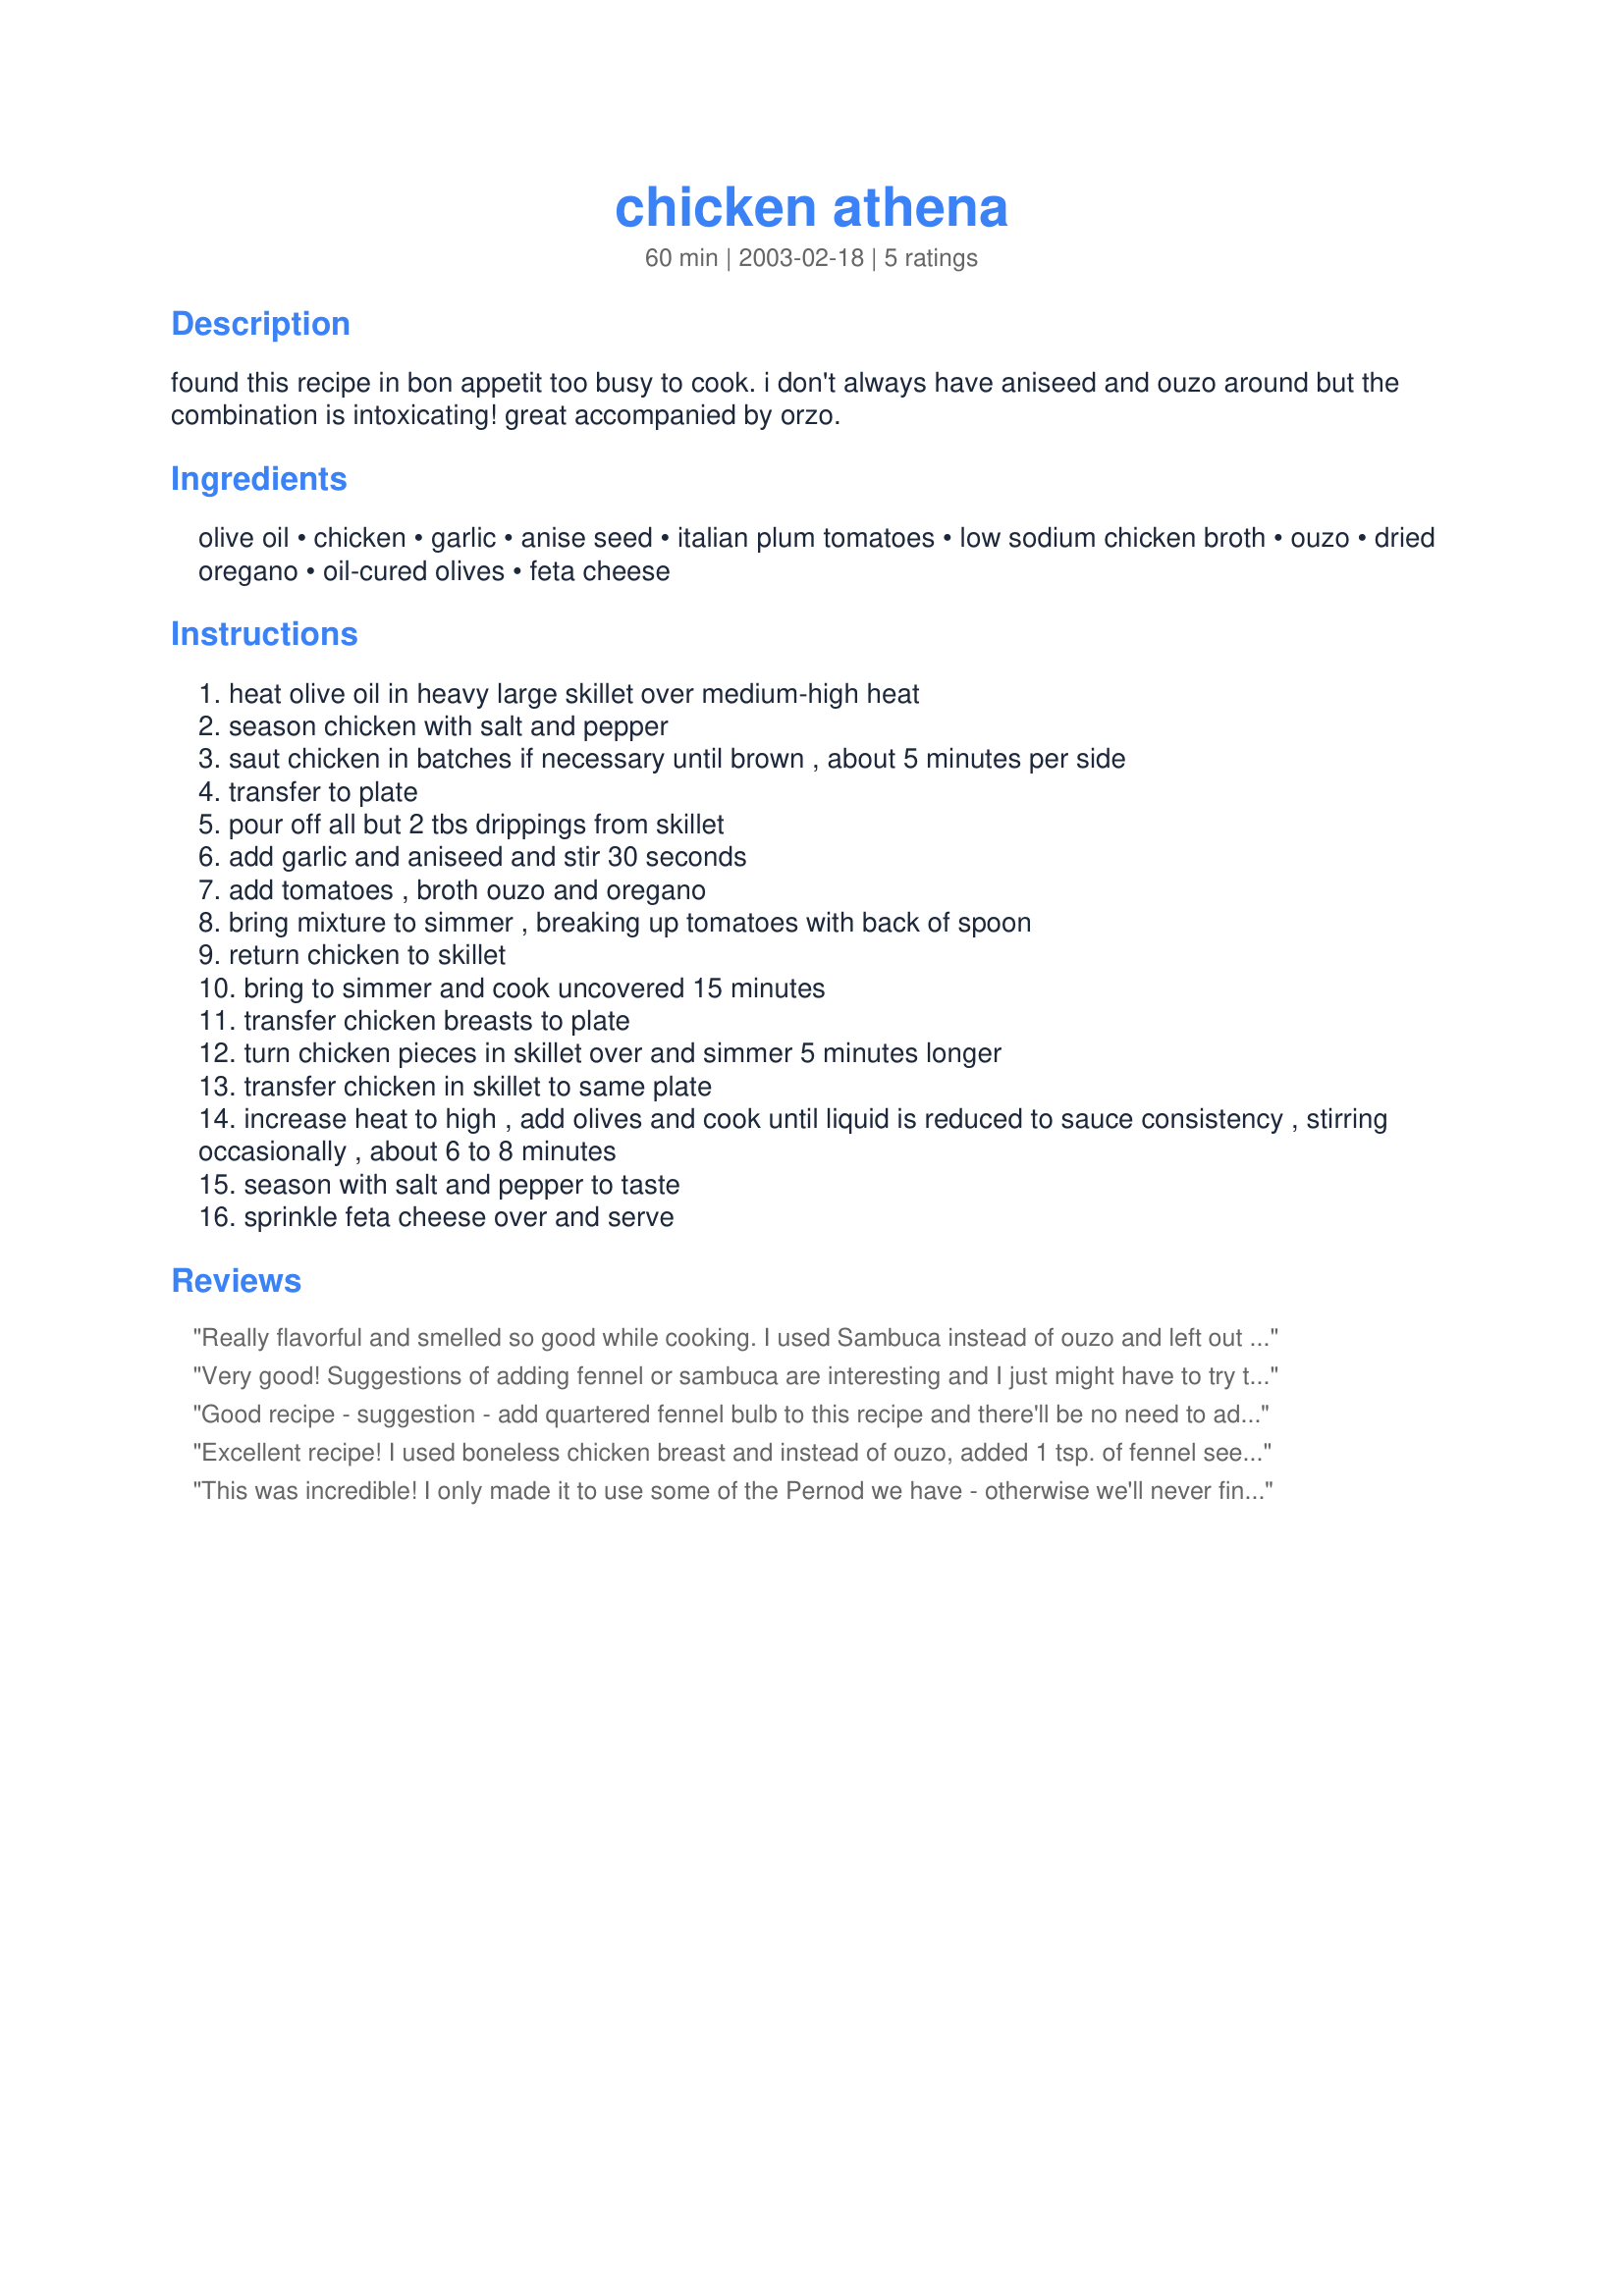
chicken athena
Preparation time: 60 minutes

found this recipe in bon appetit too busy to cook. i don't always have aniseed and ouzo around but the combination is intoxicating! great accompanied by orzo.

Ingredients:
olive oil, chicken, garlic, anise seed, italian plum tomatoes, low sodium chicken broth, ouzo, dried oregano, oil-cured olives, feta cheese

Steps:
heat olive oil in heavy large skillet over medium-high heat
season chicken with salt and pepper
saut chicken in batches if necessary until brown , about 5 minutes per side
transfer to plate
pour off all but 2 tbs drippings from skillet
add garlic and aniseed and stir 30 seconds
add tomatoes , broth ouzo and oregano
bring mixture to simmer , breaking up tomatoes with back of spoon
return chicken to skillet
bring to simmer and cook uncovered 15 minutes
transfer chicken breasts to plate
turn chicken pieces in skillet over and simmer 5 minutes longer
transfer chicken in skillet to same plate
increase heat to high , add olives and cook until liquid is reduced to sauce consistency , stirring occasionally , about 6 to 8 minutes
season with salt and pepper to taste
sprinkle feta cheese over and serve

Reviews:
Really flavorful and smelled so good while cooking. I used Sambuca instead of ouzo and left out the aniseed as I didn't have any and was too lazy to go to the store. I don't think the recipe suffered a bit. Excellent!
Very good! Suggestions of adding fennel or sambuca are interesting and I just might have to try them.
Good recipe - suggestion - add quartered fennel bulb to this recipe and there'll be no need to add ouzo - the bulb will supply the additional anise flavour as well as extra nutrition.

Excellent recipe! I used boneless chicken breast and instead of ouzo, added 1 tsp. of fennel seed to the anise seed before crushing. I didn't sprinkle the feta on top because I served the chicken on top of Miss Annie's Macaroni Pastitsio with Feta Cheese recipe # 36094. The two recipes complement each other wonderfully.
This was incredible! I only made it to use some of the Pernod we have - otherwise we'll never finish it. The flavors were all perfectly balanced. I don't like licorice and was afraid that the anise and Pernod would be too strong for me. It wasn't - it was just awesome! We will make this until the bottle of Pernod is gone (which will be a sad day, but I'm not buying more).
